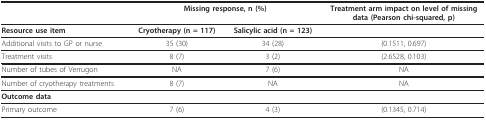
<table><thead><tr><td></td><td colspan="2"><b>Missing response, n (%)</b></td><td><b>Treatment arm impact on level of missing data (Pearson chi-squared, p)</b></td></tr></thead><tbody><tr><td><b>Resource use item</b></td><td><b>Cryotherapy (n = 117)</b></td><td><b>Salicylic acid (n = 123)</b></td><td></td></tr><tr><td>Additional visits to GP or nurse</td><td>35 (30)</td><td>34 (28)</td><td>(0.1511, 0.697)</td></tr><tr><td>Treatment visits</td><td>8 (7)</td><td>3 (2)</td><td>(2.6528, 0.103)</td></tr><tr><td>Number of tubes of Verrugon</td><td>NA</td><td>7 (6)</td><td>NA</td></tr><tr><td>Number of cryotherapy treatments</td><td>8 (7)</td><td>NA</td><td>NA</td></tr><tr><td><b>Outcome data</b></td><td></td><td></td><td></td></tr><tr><td>Primary outcome</td><td>7 (6)</td><td>4 (3)</td><td>(0.1345, 0.714)</td></tr></tbody></table>